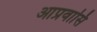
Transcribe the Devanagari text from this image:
आप्रवासि